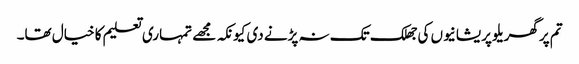
تم پر گھریلو پریشانیوں کی جھلک تک نہ پڑنے دی کیونکہ مجھے تمہاری تعلیم کا خیال تھا۔